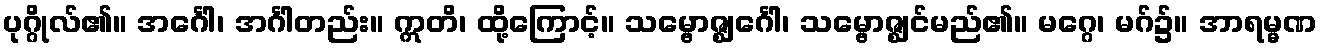
ပုဂ္ဂိုလ်၏။ အင်္ဂေါ၊ အင်္ဂါတည်း။ ဣတိ၊ ထို့ကြောင့်။ သမ္ဗောဇ္ဈင်္ဂေါ၊ သမ္ဗောဇ္ဈင်မည်၏။ မဂ္ဂေ၊ မဂ်၌။ အာရမ္မဏ